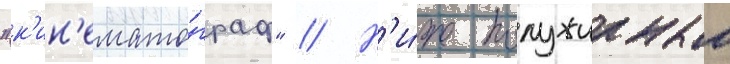
"к'ин'емато́граф" // Н'и́же полужирным